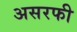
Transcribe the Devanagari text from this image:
असरफी